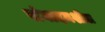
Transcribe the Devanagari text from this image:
संवादनशील